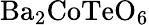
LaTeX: {\mathrm{Ba}}_{2}{\mathrm{CoTeO}}_{6}